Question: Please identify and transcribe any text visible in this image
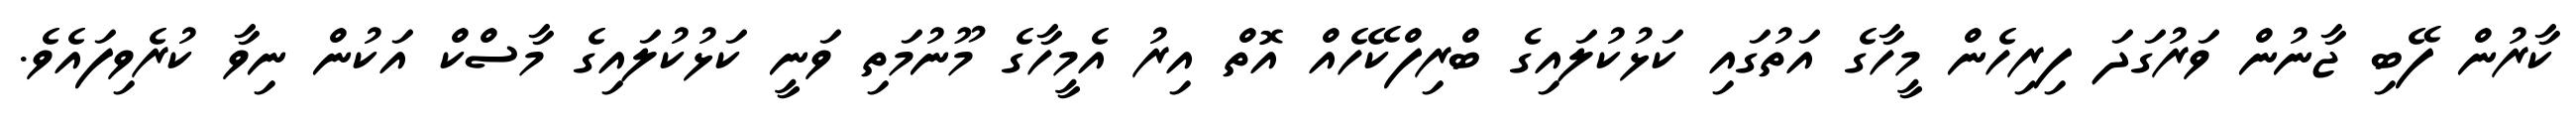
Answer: ކާރުން ފޭބި ޖާނުން ވަރުގަދަ ފިރިހެން މީހާގެ އަތުގައި ކަޅުކުލައިގެ ބްރިފްކޭހެއް އޮތް އިރު އެމީހާގެ މޫނުމަތި ވަނީ ކަޅުކުލައިގެ މާސްކް އަކުން ނިވާ ކުރެވިފައެވެ.